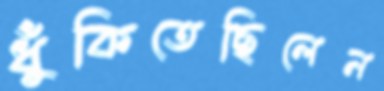
ধুঁকিতেছিলেন